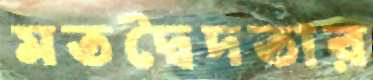
মতদ্বৈদতার